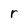
Character: r